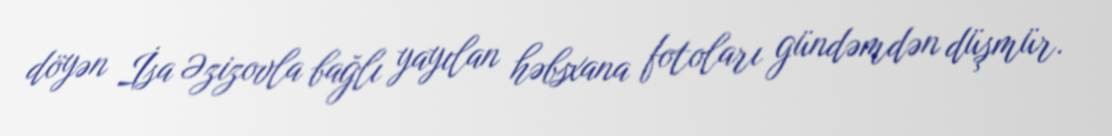
döyən İsa Əzizovla bağlı yayılan həbsxana fotoları gündəmdən düşmür.